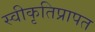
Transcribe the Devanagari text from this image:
स्वीकृतिप्रापत